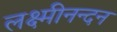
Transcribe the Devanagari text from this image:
लक्ष्मीनन्दन